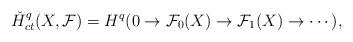
LaTeX: \begin{align*} \check H^q_{ct}(X,\mathcal F)=H^q(0\to \mathcal F_0(X)\to \mathcal F_1(X)\to\cdots), \end{align*}